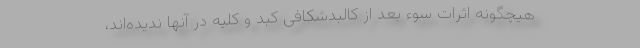
هیچگونه اثرات سوء بعد از کالبدشکافی کبد و کلیه در آنها ندیده‌اند،